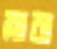
স্লারা